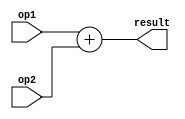
module adder16bit(op1,op2,result);
	input [15:0] op1, op2;
	output reg[15:0] result;

	always@(*) begin
		result = op1 + op2;
	end

endmodule